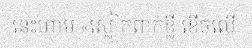
នេះហាម «ស្លៀកពាក់ខ្លី ខើចលើ